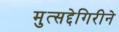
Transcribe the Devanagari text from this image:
मुत्सद्देगिरीने